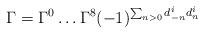
LaTeX: \begin{align*}\Gamma=\Gamma^{0}\ldots\Gamma^{8}(-1)^{\sum_{n>0}d^{i}_{-n}d^{i}_{n}}\end{align*}